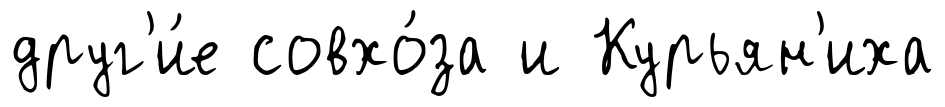
друг'и́е совхо́за и Курьян'иха